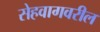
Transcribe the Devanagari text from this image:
सेहवागवरील